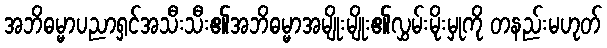
အဘိဓမ္မာပညာရှင်အသီးသီး၏အဘိဓမ္မာအမျိုးမျိုး၏လွှမ်းမိုးမှုကို တနည်းမဟုတ်